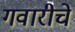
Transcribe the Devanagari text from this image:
गवारीचे